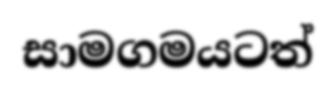
සාමගමයටත්